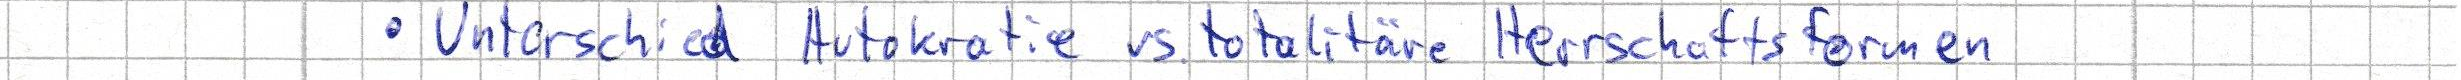
- Unterschied Autokratie vs. totalitäre Herrschaftsformen